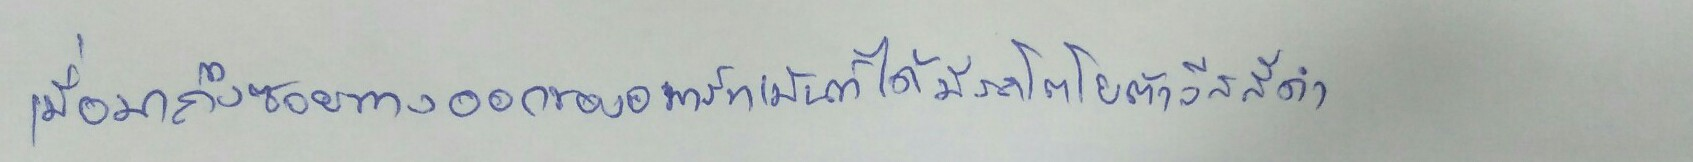
เมื่อมาถึงซอยทางออกของอพาร์ทเม้นท์ได้มีรถโตโยต้าวิสสีดำ